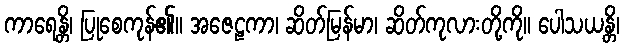
ကာရေန္တိ၊ ပြုစေကုန်၏။ အဇေဠကာ၊ ဆိတ်မြန်မာ၊ ဆိတ်ကုလားတို့ကို။ ပေါသယန္တိ၊